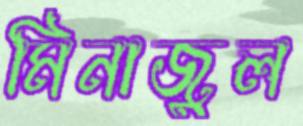
মিনাজুল